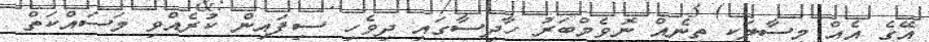
އޭގެ އެއް މިސާލަކީ ތިނެއް ނޮވެމްބަރު ހާދިސާގައި ދިވެހި ސިފައިން ކުރެއްވި މަސައްކަތް